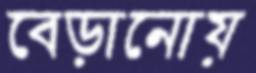
বেড়ানোয়